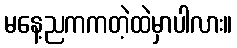
မနေ့ညကကတဲ့ထဲမှာပါလား။